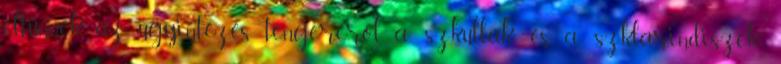
eltűnnek az ügyintézés tengeréről a “szküllák” és a “szklarindiszek”